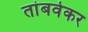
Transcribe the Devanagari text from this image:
तांबवेकर